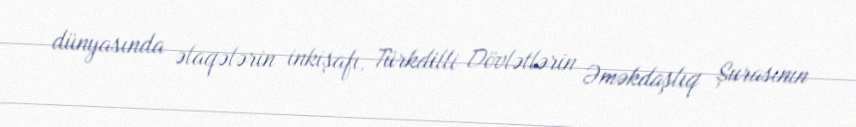
dünyasında əlaqələrin inkişafı, Türkdilli Dövlətlərin Əməkdaşlıq Şurasının